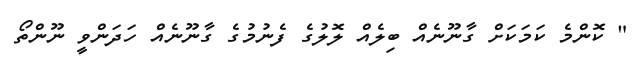
" ކޮންމެ ކަމަކަށް ގާނޫނެއް ބިލެއް ލޮލުގެ ފެނުމުގެ ގާނޫނެއް ހަދަންވީ ނޫންތޯ